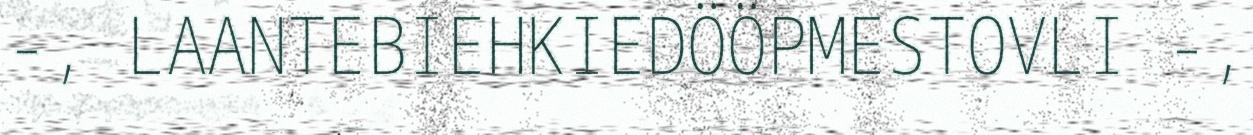
-, LAANTEBIEHKIEDÖÖPMESTOVLI -,